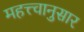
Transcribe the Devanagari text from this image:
महत्त्वानुसार